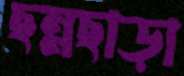
ছন্নছাড়া